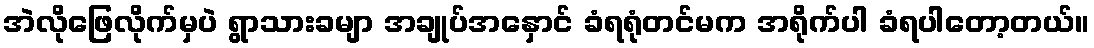
အဲလိုဖြေလိုက်မှပဲ ရွာသားခမျာ အချုပ်အနှောင် ခံရရုံတင်မက အရိုက်ပါ ခံရပါတော့တယ်။